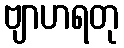
ဗျာဟရတု